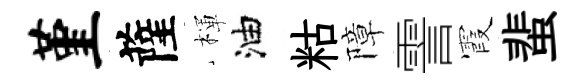
堇薩楎油䊀障霅霞蜚